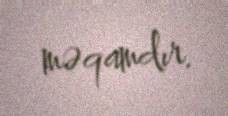
məqamdır.